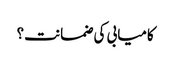
کامیابی کی ضمانت؟